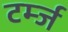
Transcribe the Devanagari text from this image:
टर्म्ज